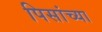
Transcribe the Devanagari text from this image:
पिसांच्या